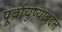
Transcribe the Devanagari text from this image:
पूर्वायुष्याबद्दल